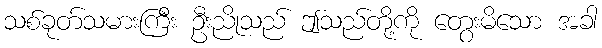
သစ်ခုတ်သမားကြီး ဦးညိုသည် ဤသည်တို့ကို တွေးမိသော အခါ